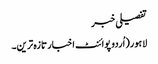
تفصیلی خبر
لاہور(اُردو پوائنٹ اخبار تازہ ترین۔